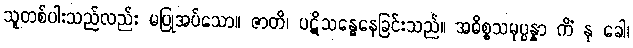
သူတစ်ပါးသည်လည်း မပြုအပ်သော။ ဇာတိ၊ ပဋိသန္ဓေနေခြင်းသည်။ အဓိစ္စသမုပ္ပန္နာ ကိံ နု ခေါ၊